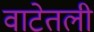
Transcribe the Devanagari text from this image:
वाटेतली